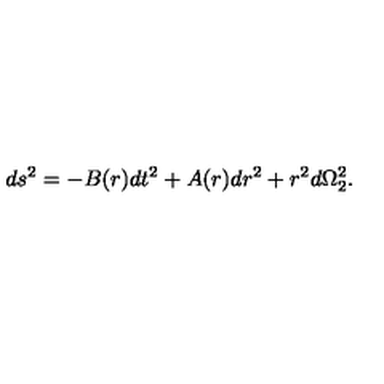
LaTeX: d s ^ { 2 } = - B ( r ) d t ^ { 2 } + A ( r ) d r ^ { 2 } + r ^ { 2 } d \Omega _ { 2 } ^ { 2 } .